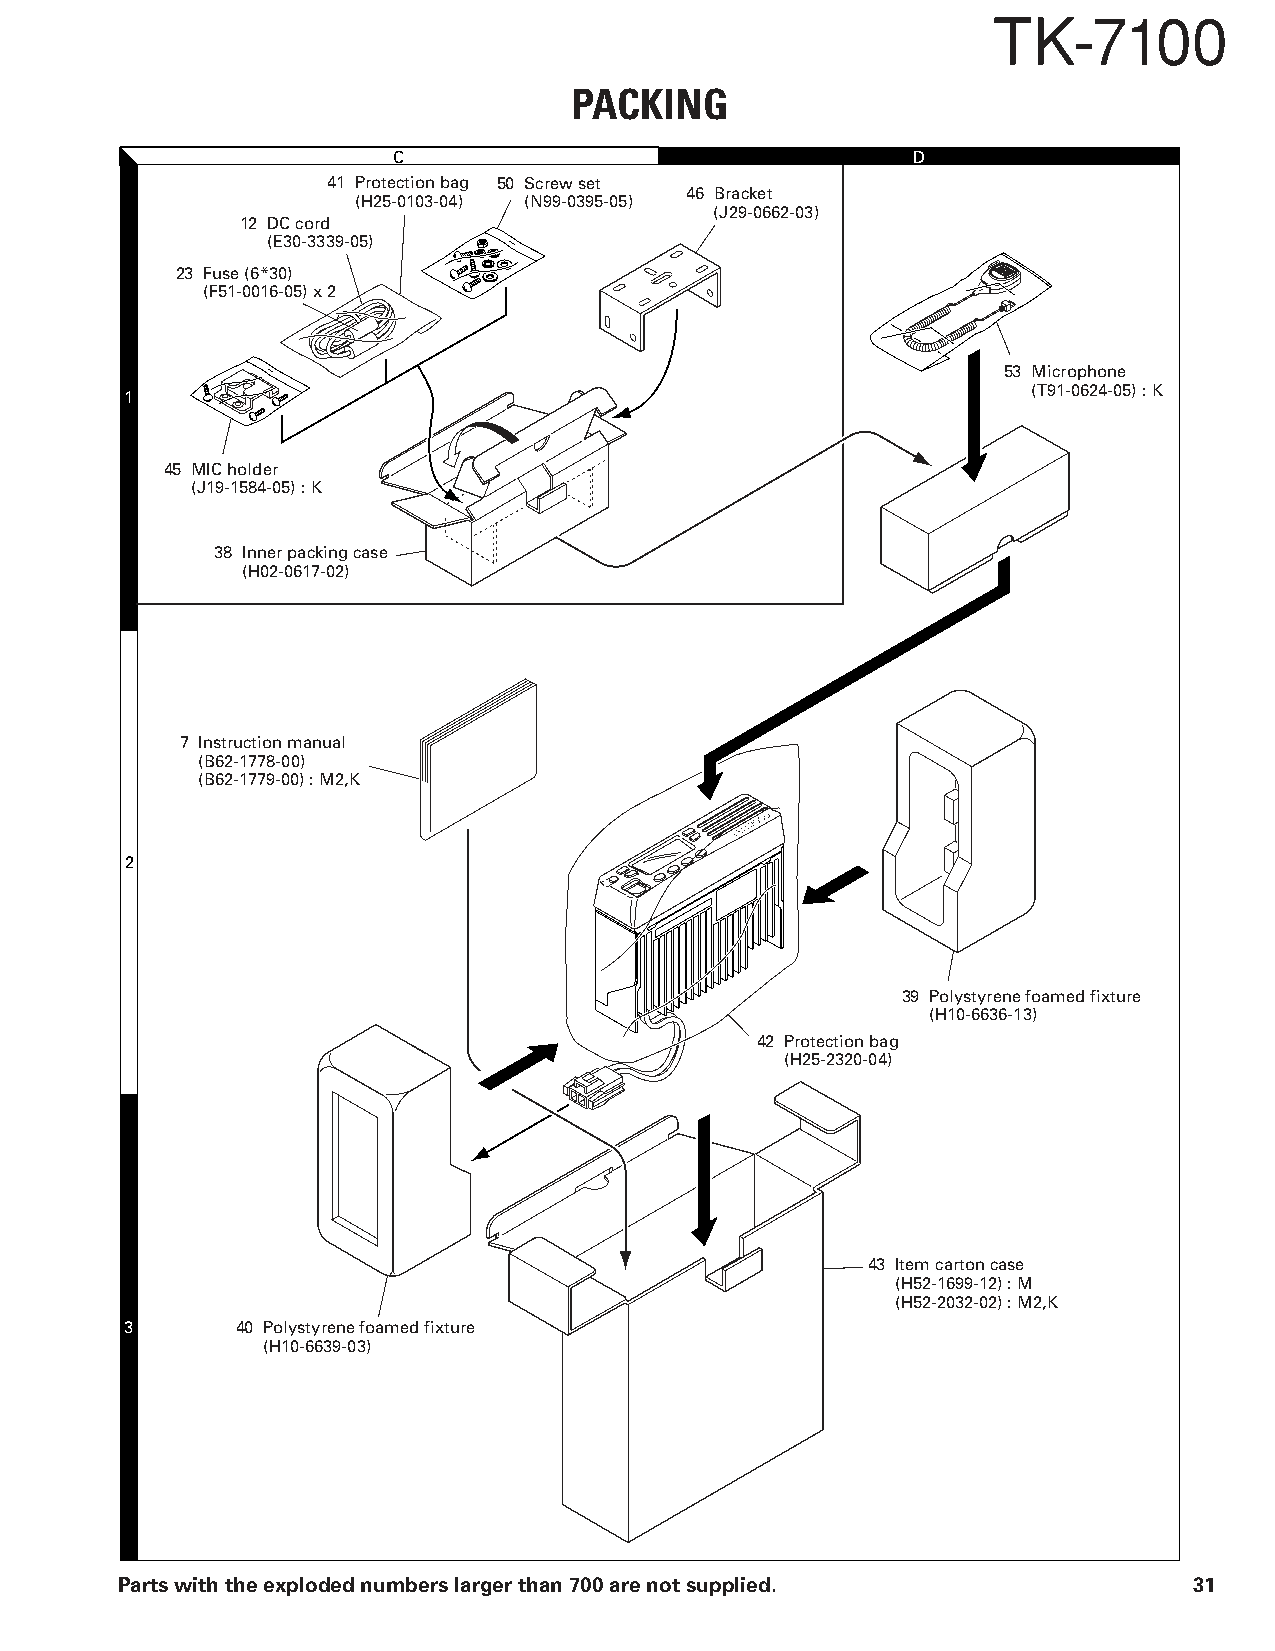
TK-7100
 PACKING
 C                                 D
 41 Protection bag 50 Screw set
 46 Bracket
 (H25-0103-04) (N99-0395-05)
 (J29-0662-03)
 12 DC cord
 (E30-3339-05)
 23 Fuse (6*30)
 (F51-0016-05) x 2
 53 Microphone
 (T91-0624-05) : K
 1
 45 MIC holder
 (J19-1584-05) : K
 38 Inner packing case
 (H02-0617-02)
 7 Instruction manual
 (B62-1778-00)
 (B62-1779-00) : M2,K
 2
 39 Polystyrene foamed fixture
 (H10-6636-13)
 42 Protection bag
 (H25-2320-04)
 43 Item carton case
 (H52-1699-12) : M
 (H52-2032-02) : M2,K
 3       40 Polystyrene foamed fixture
 (H10-6639-03)
 Parts with the exploded numbers larger than 700 are not supplied.      31